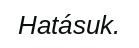
Hatásuk.